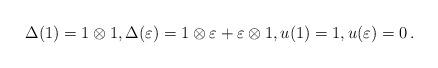
LaTeX: \begin{align*}\Delta(1) = 1 \otimes 1, \Delta( \varepsilon ) = 1 \otimes \varepsilon + \varepsilon \otimes 1, u(1) = 1, u(\varepsilon) = 0\,.\end{align*}